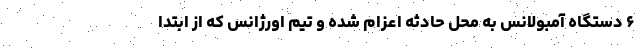
۶ دستگاه آمبولانس به محل حادثه اعزام شده و تیم اورژانس که از ابتدا